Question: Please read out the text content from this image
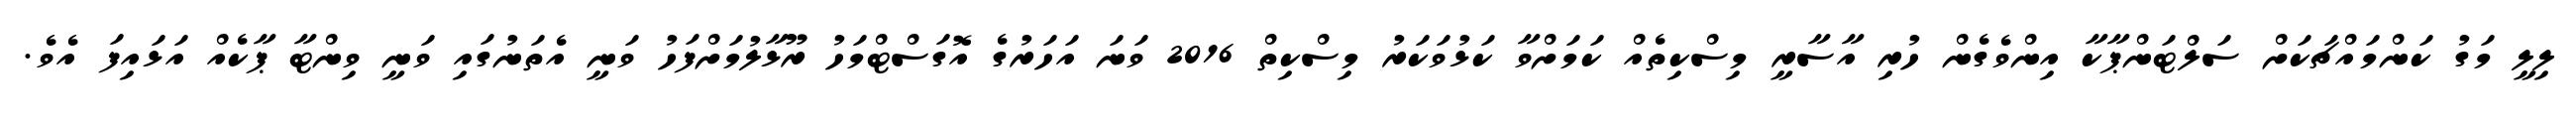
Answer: ލިލީ މަގު ކަންމައްޗަކަށް ސަލްޓަންޕާކާ އިންވެގެން ހުރި އާސާރީ މިސްކިތެއް ކަމަށްވާ ކަޅުވަކަރު މިސްކިތް 2016 ވަނަ އަހަރުގެ އޮގަސްޓްމަހު ރޫޅާލުމަށްފަހު ވަނީ އެތަނުގައި ވަނީ ވިންޓާ ޕާކެއް އަޅައިފަ އެވެ.